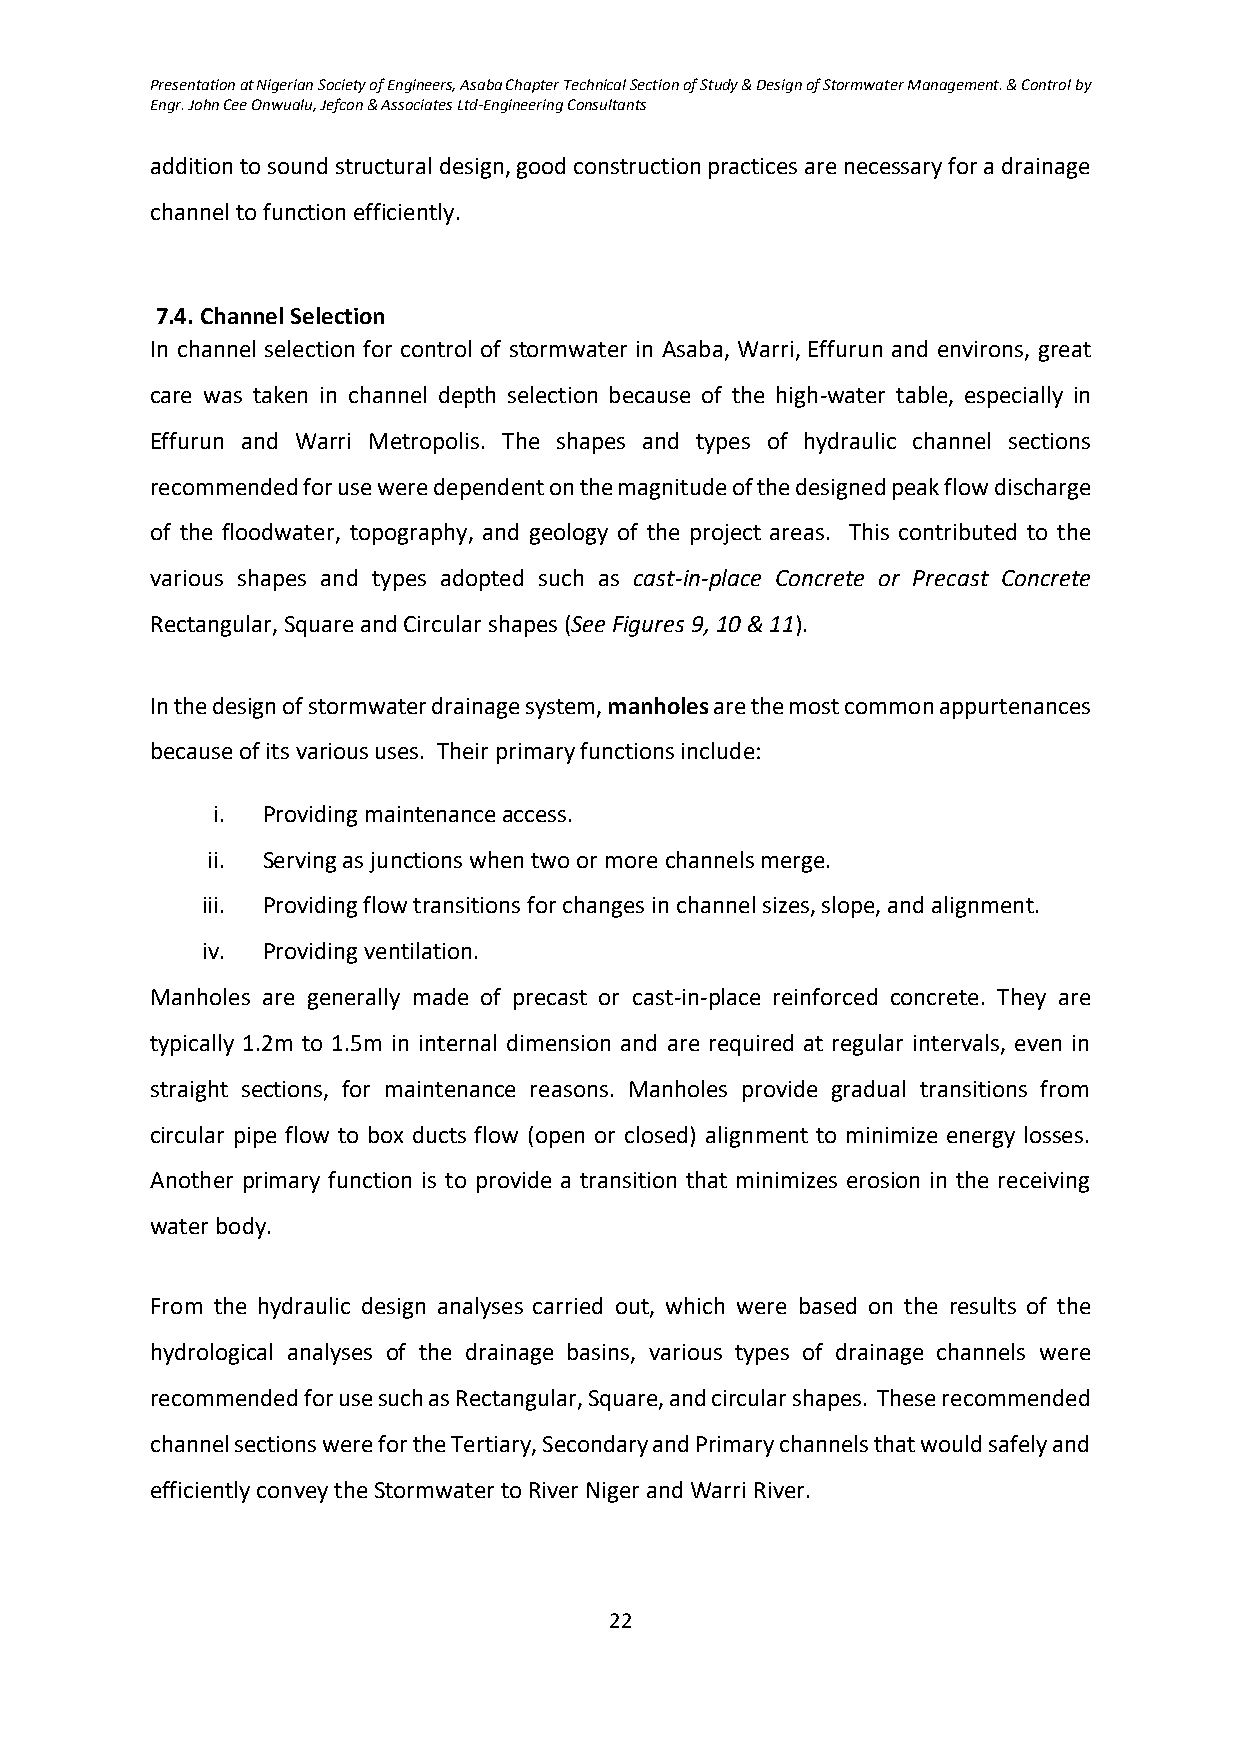
Presentation at Nigerian Society of Engineers, Asaba Chapter Technical Section of Study & Design of Stormwater Management. & Control by
 Engr. John Cee Onwualu, Jefcon & Associates Ltd-Engineering Consultants
 addition to sound structural design, good construction practices are necessary for a drainage
 channel to function efficiently.
 7.4. Channel Selection
 In channel selection for control of stormwater in Asaba, Warri, Effurun and environs, great
 care was taken in channel depth selection because of the high-water table, especially in
 Effurun and Warri Metropolis. The shapes and types of hydraulic channel sections
 recommended for use were dependent on the magnitude of the designed peak flow discharge
 of the floodwater, topography, and geology of the project areas. This contributed to the
 various shapes and types adopted such as cast-in-place Concrete or Precast Concrete
 Rectangular, Square and Circular shapes (See Figures 9, 10 & 11).
 In the design of stormwater drainage system, manholes are the most common appurtenances
 because of its various uses. Their primary functions include:
 i. Providing maintenance access.
 ii. Serving as junctions when two or more channels merge.
 iii. Providing flow transitions for changes in channel sizes, slope, and alignment.
 iv. Providing ventilation.
 Manholes are generally made of precast or cast-in-place reinforced concrete. They are
 typically 1.2m to 1.5m in internal dimension and are required at regular intervals, even in
 straight sections, for maintenance reasons. Manholes provide gradual transitions from
 circular pipe flow to box ducts flow (open or closed) alignment to minimize energy losses.
 Another primary function is to provide a transition that minimizes erosion in the receiving
 water body.
 From the hydraulic design analyses carried out, which were based on the results of the
 hydrological analyses of the drainage basins, various types of drainage channels were
 recommended for use such as Rectangular, Square, and circular shapes. These recommended
 channel sections were for the Tertiary, Secondary and Primary channels that would safely and
 efficiently convey the Stormwater to River Niger and Warri River.
 22